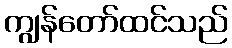
ကျွန်တော်ထင်သည်